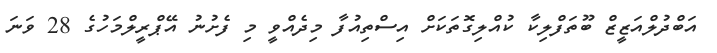
އަބްދުލްއަޒީޒް ބޫތަފްލިކާ ކުއްލިގޮތަކަށް އިސްތިއުފާ މިދެއްވީ މި ފެށުނު އޭޕްރީލްމަހުގެ 28 ވަނަ